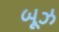
બૂઝ